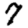
Digit: 7